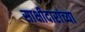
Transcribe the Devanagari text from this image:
साक्षीदारांच्या